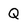
Character: Q